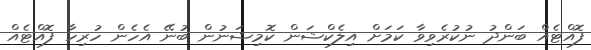
ފޮއްޓެއް ބަންދު ނުކުރެވިވާ ކަމަށް އިލެކްޝަން ކޮމިޝަނުން ބުނޭ އެހެން ހުރިހާ ފޮއްޓެއް